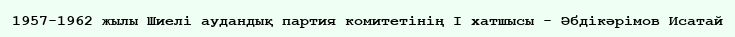
1957-1962 жылы Шиелі аудандық партия комитетінің І хатшысы - Әбдікәрімов Исатай